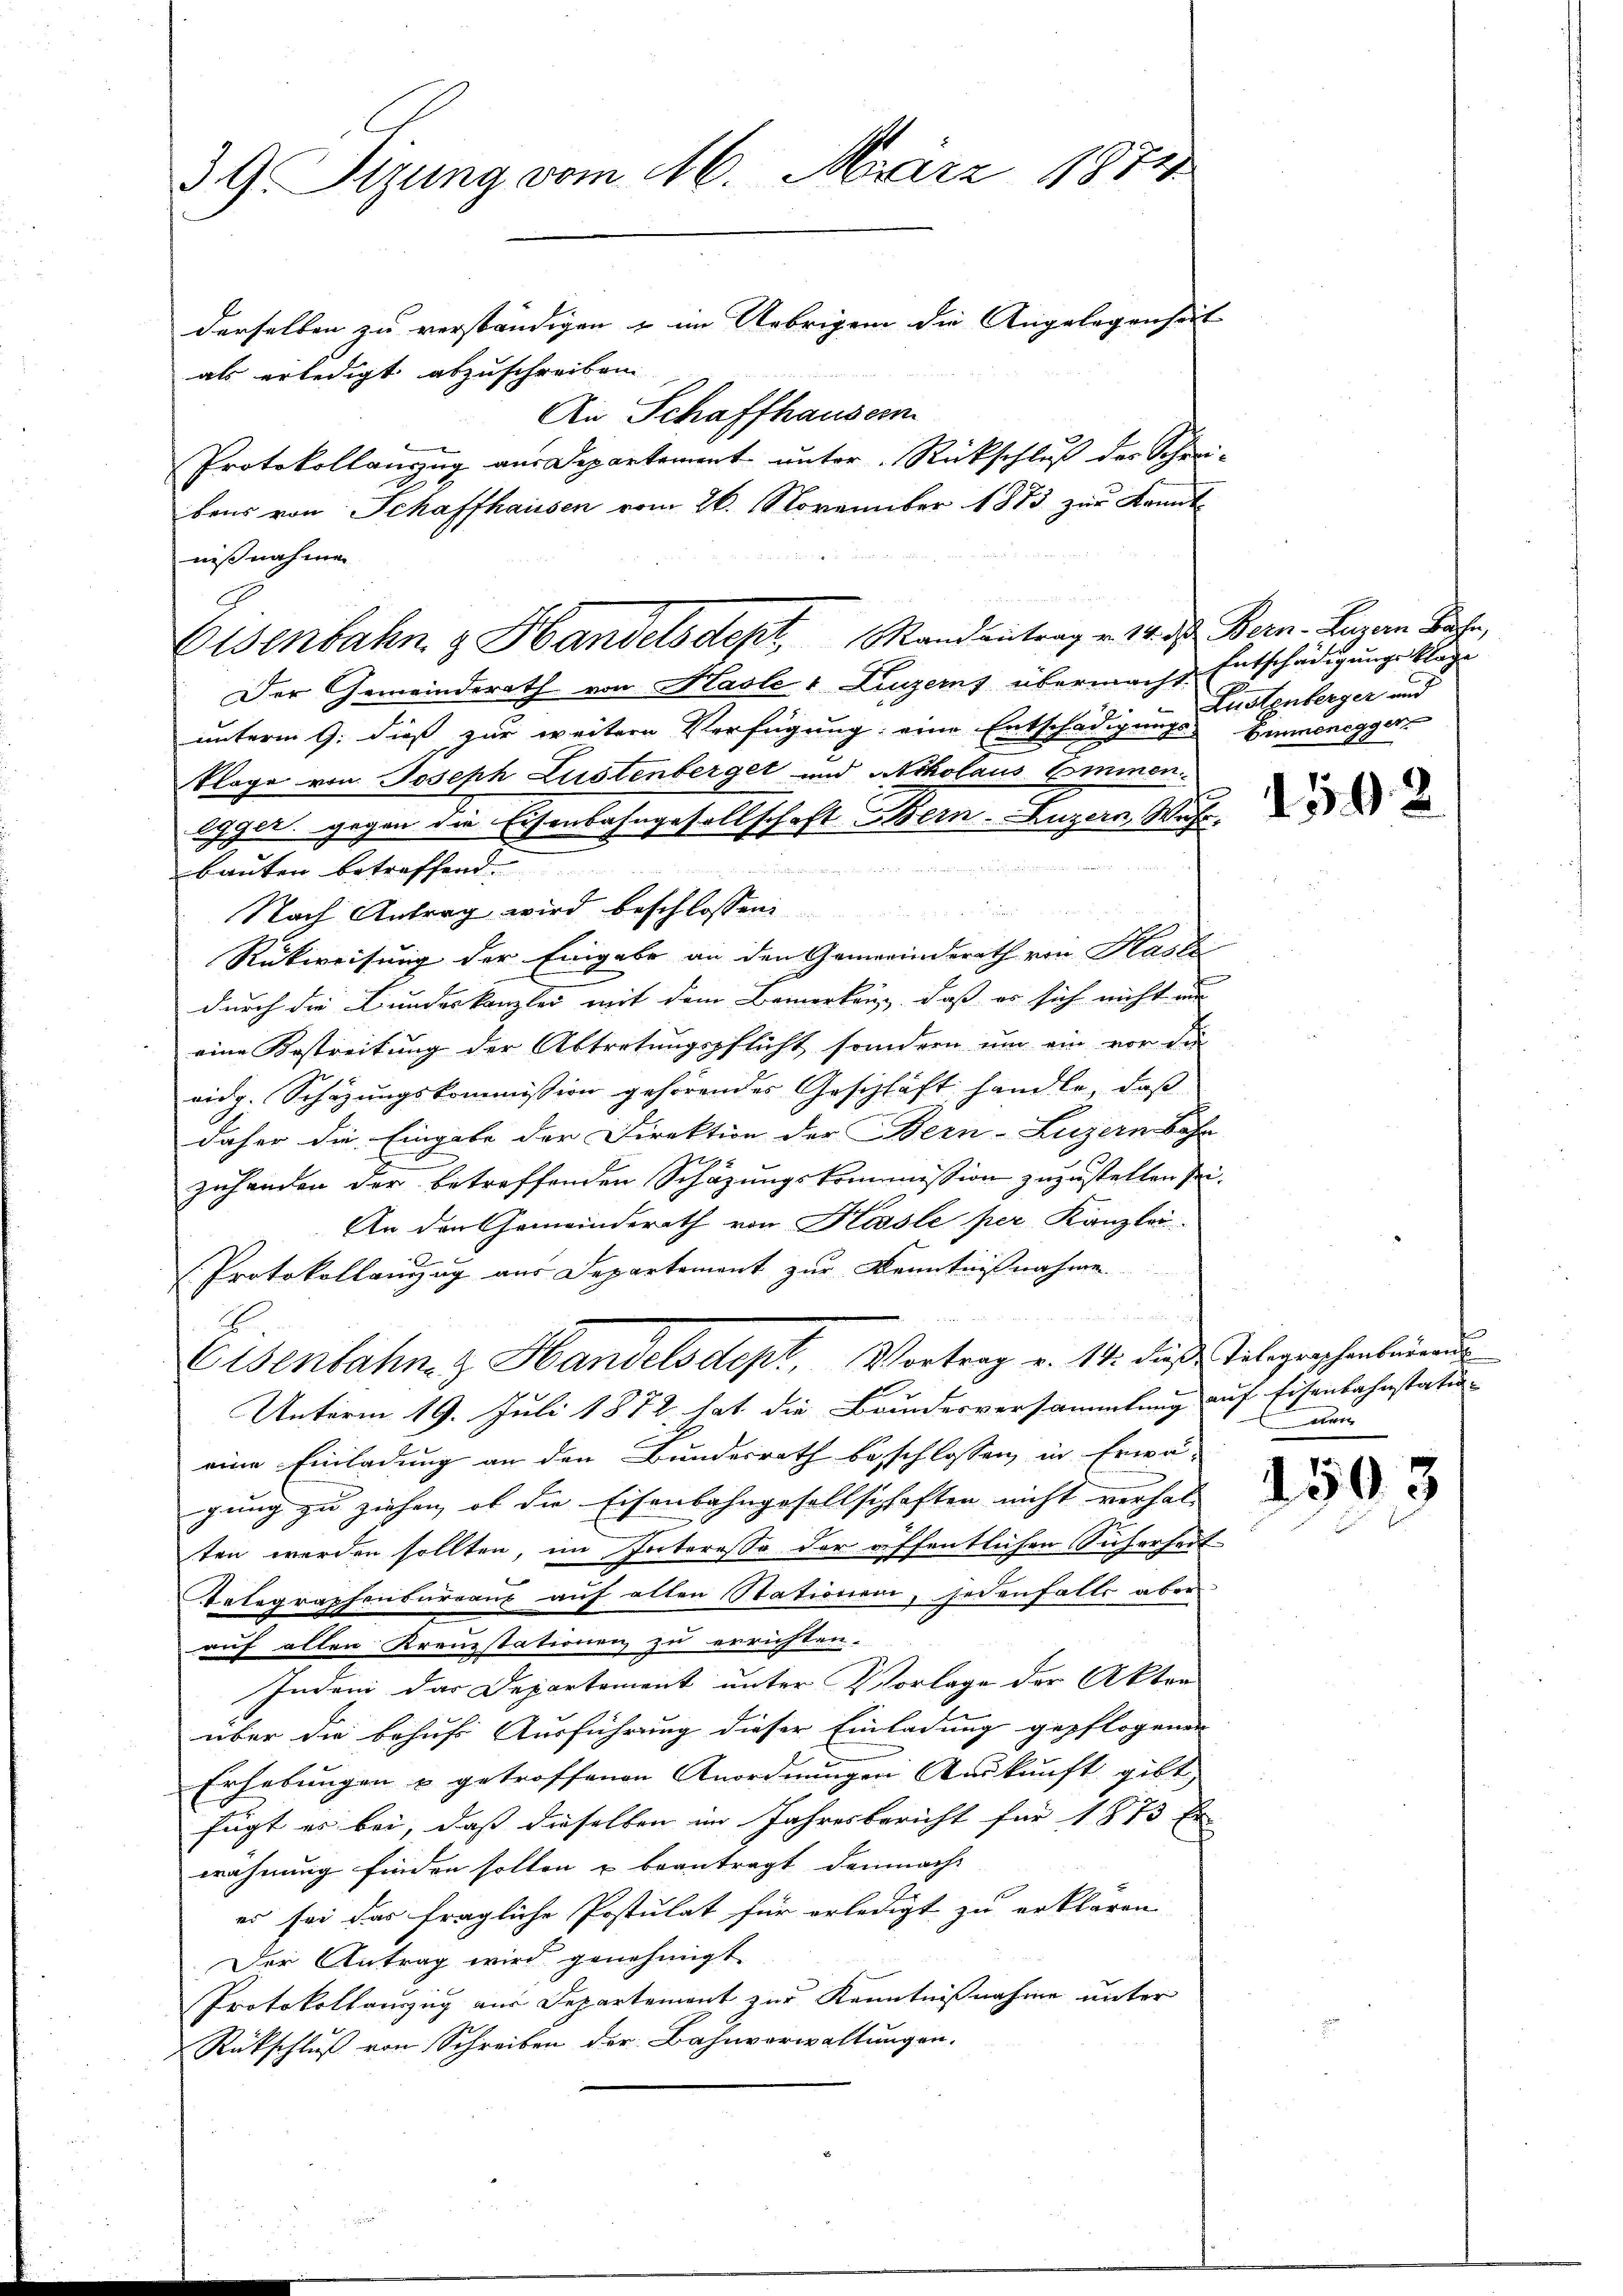
39. Sizung vom 16. März 1874
derselben zu verständigen & im Uebrigen die Angelegenheit
als erledigt abzuschreiben. |
An Schaffhausern
Protokollanzzug aus Departement unter Rückschluß des Schrei-

bens von Schaffhausen vom 26. November 1873 zur Kannt-
nißnahmen
Der Gemeinderath von Hasle 4 Luzerns übermacht Entschädigungsklage
unterm 9. dieß zur weitere Verfügung; eine Entschädigungs- Zimmenegger
Klage von Joseph Lustenberget und Ackolaus Emmen
Egger, gegen die Eisenbahngesellschaft Bern. Luzern, Wahr-

B
bauten betreffend.
Nach Antrag wird beschlossen
Rückweisung der Eingabe an den Gemeinderath von Kaste
durch die Bundeskanzlei mit dem Bemerkung, daß es sich nicht an
eine Bestreitung der Abtretungspflicht sondern um ein vor die
vidg. Schazungskommission gehörendes Geschläft handle, daß
daher die Eingabe der Direktion der Bern-Luzern Bahn
zuhanden der betreffenden Schazungskommission zuzustellen sei.
An den Gemeinderath von Kössle per Kanzlei-
Protokollanzug aus Departement zur Kenntnißnahme
u
Eisenbahn- & Handelsdept, Vortrag v. 18. diese Telegraphenleerung
Unterm 19. Juli 1872 hat die Bandesversammlung auf Eisenbahnstatu-
eine Einladung an den Bundesrath beschlossen, in Erwä-
gung zu ziehen, ob die Eisenbahngesellschaften nicht verhalt
ten werden sollten, im Interesse der öffentlichen Sicherheit-
Totographenbureaus auf alten Stationen, sodanfalls aber
auf allen Kreuzstationen zu errichten.
Indem das Departement unter Vorlage der Akten
über die behufs Ausführung dieser Einladung gepflogenen
Erhebungen u getroffenen Anordnungen Auskunft gibt
fügt es bei, daß dieselben im Jahresbericht für 1875 Er
wähnung finden sollen u beantragt demnach
es sei das fragliche Postulat für erledigt zu erklären |
Der Antrag wird genehmigt.
Protokollauszug aus Departement zur Kenntnißnahme unter
Rückschluß von Schreiben der Bahnverwaltungen.

Osenbahn & Handelsdept. Mandantrag v. 14. d. Bern. Luzan Sache,

Lustenberger und

1592

der

2503